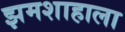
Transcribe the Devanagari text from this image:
झमशाहाला